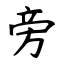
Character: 旁